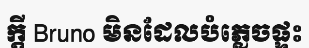
ក្តី Bruno មិនដែលបំភ្លេចផ្ទះ